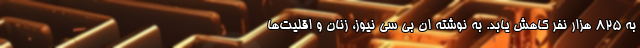
به ۸۲۵ هزار نفر کاهش یابد. به نوشته ان بی سی نیوز، زنان و اقلیت‌ها